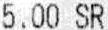
5.00 SR